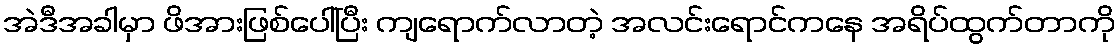
အဲဒီအခါမှာ ဖိအားဖြစ်ပေါ်ပြီး ကျရောက်လာတဲ့ အလင်းရောင်ကနေ အရိပ်ထွက်တာကို